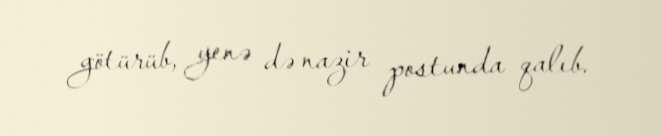
götürüb, yenə də nazir postunda qalıb.